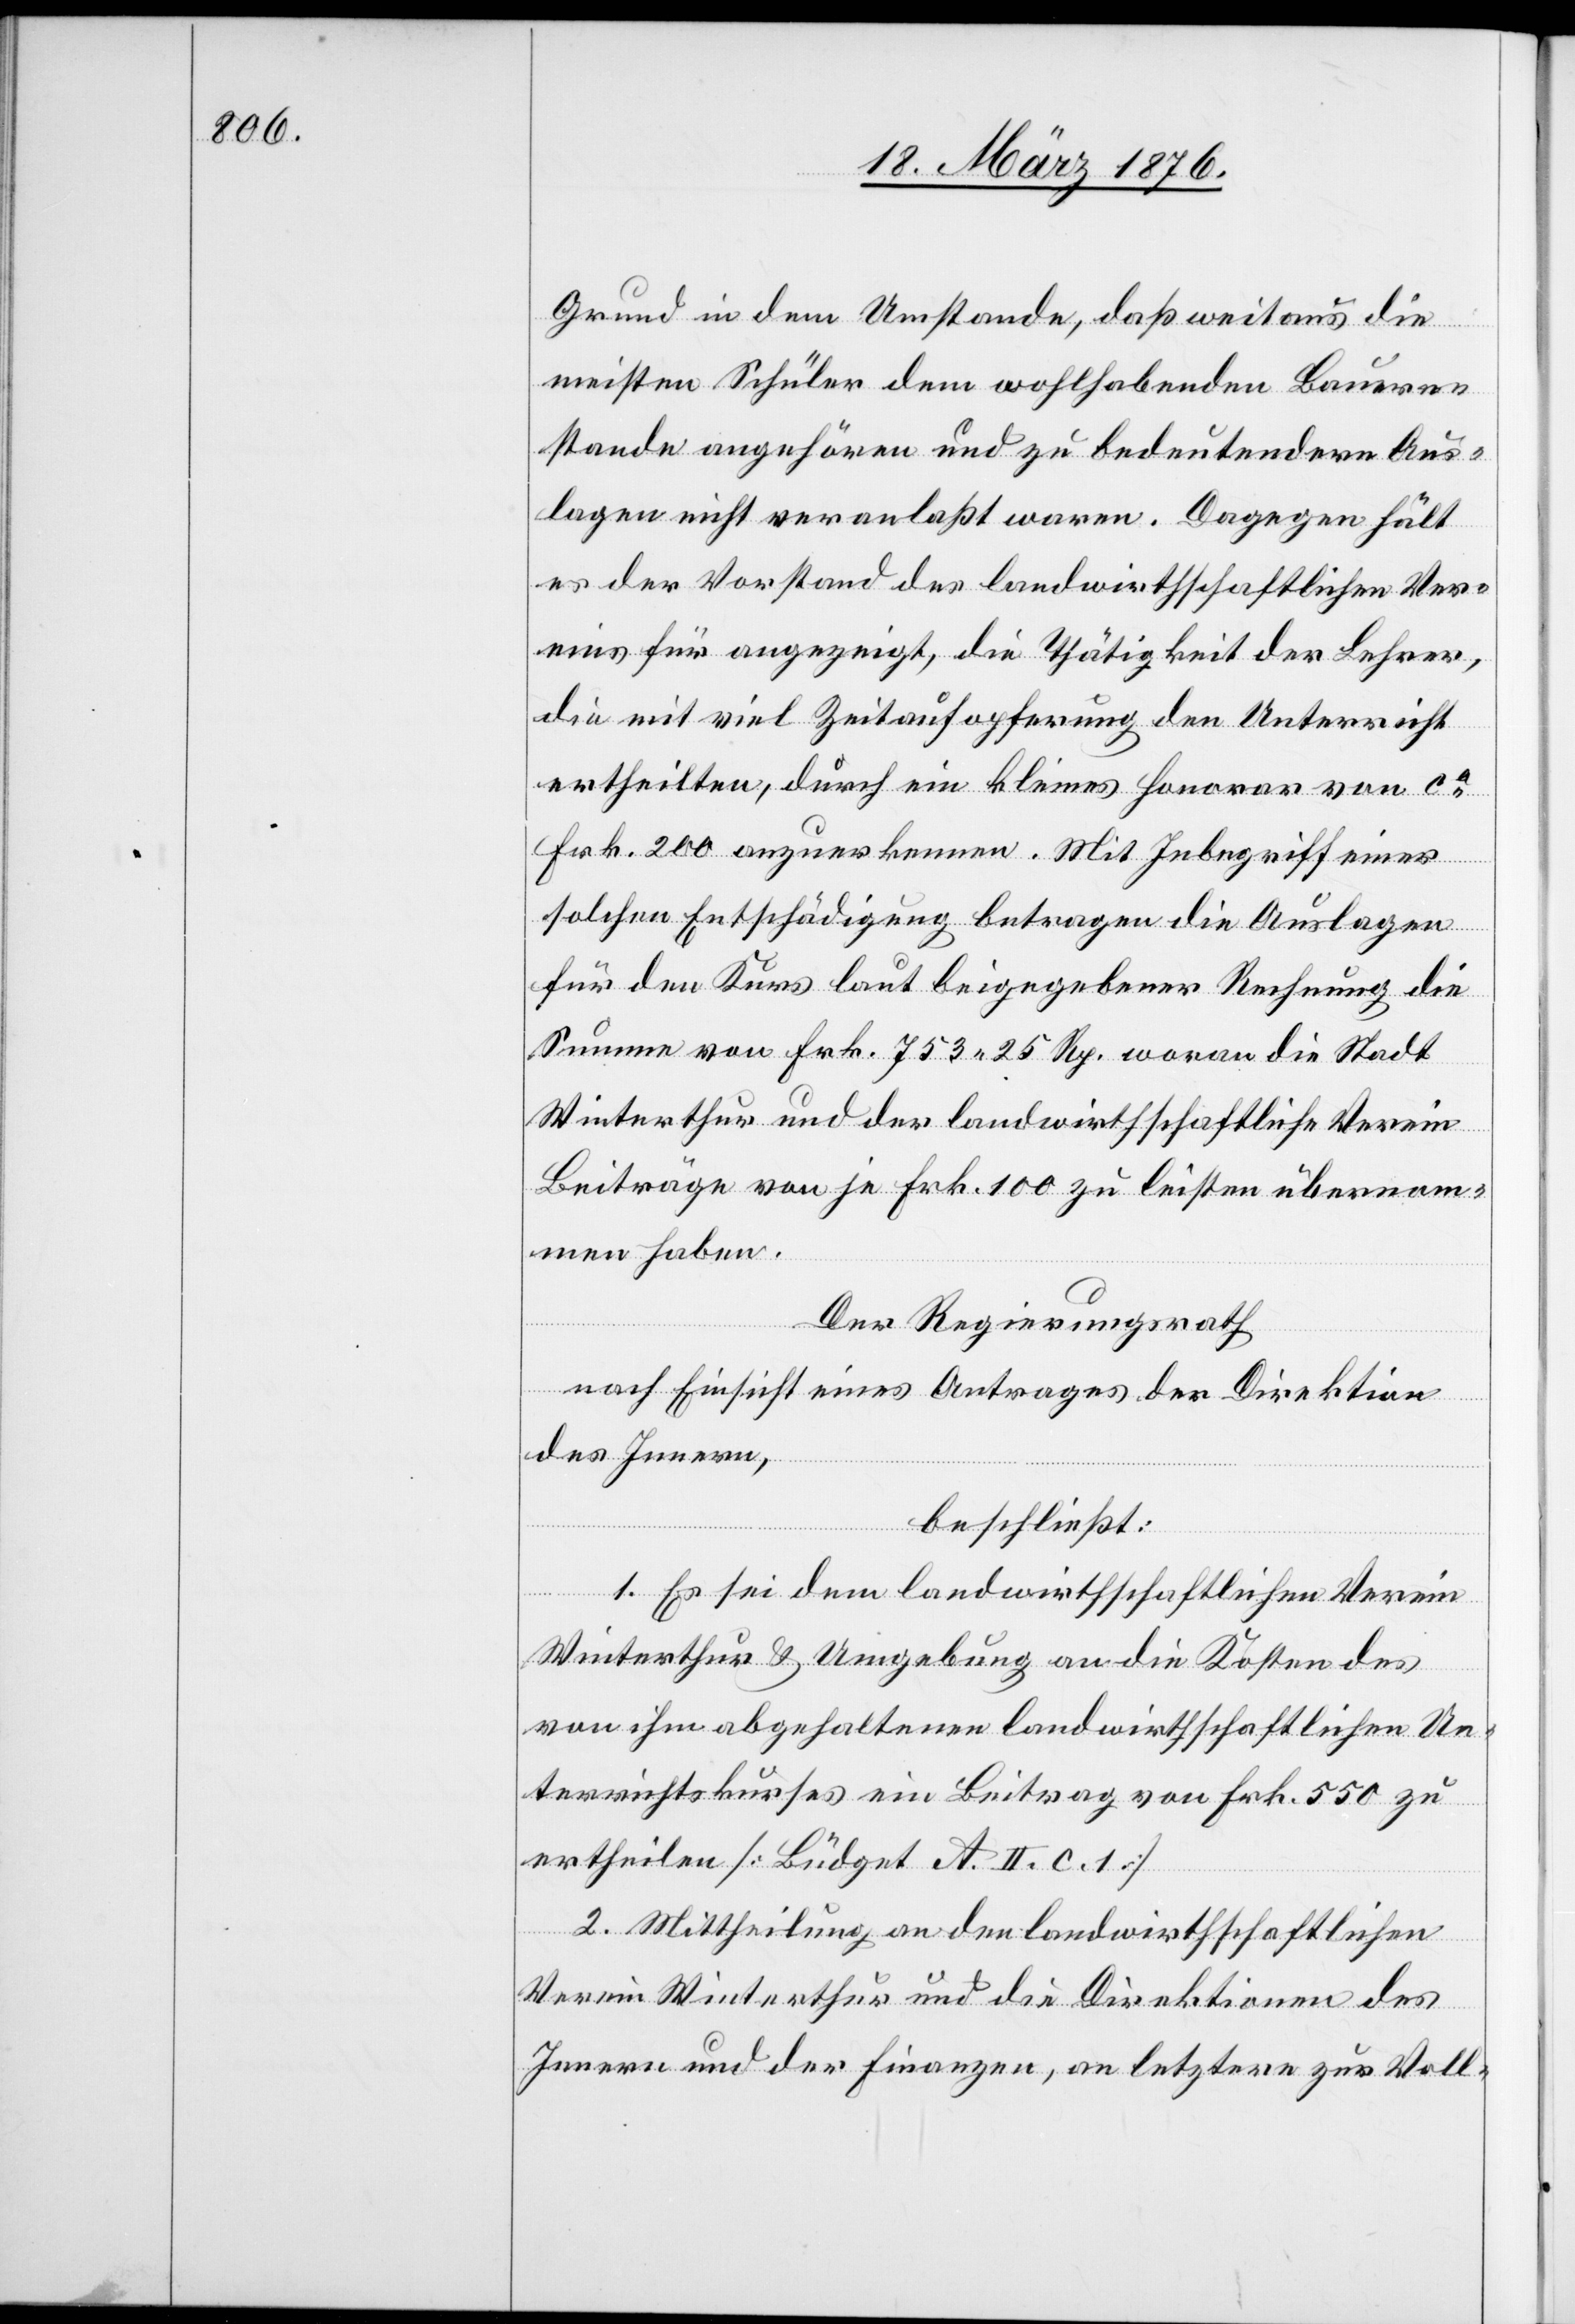
Grund in dem Umstande, daß weitaus die
meisten Schüler dem wohlhabenden Bauern¬
stande angehören und zu bedeutendern Aus¬
lagen nicht veranlaßt waren. Dagegen hält
es der Vorstand des landwirthschaftlichen Ver¬
eins für angezeigt, die Thätigkeit der Lehrer,
die mit viel Zeitaufopferung den Unterricht
ertheilten, durch ein kleines Honorar von ca
Frk- 200 anzuerkennen. Mit Inbegriff einer
solchen Entschädigung betragen die Auslagen
für den Kurs laut beigegebener Rechnung die
Summe von Frk. 753 25 Rp. woran die Stadt
Winterthur und der landwirthschaftliche Verein
Beiträge von je Frk. 100 zu leisten übernom¬
men habe.
Der Regierungsrath
nach Einsicht eines Antrages der Direktion
des Innern,
beschließt:
1. Es sei dem landwirthschaftlichen Verein
Winterthur & Umgebung an die Kosten des
von ihm abgehaltenen landwirthschaftlichen Un¬
terrichtskurses ein Beitrag von Frk. 550 zu
ertheilen [Büdget A. II. c. 1]
2. Mittheilung an den landwirthschaftlichen
Verein Winterthur und den Direktionen des
Innern und der Finanzen, an letztere zur Voll-